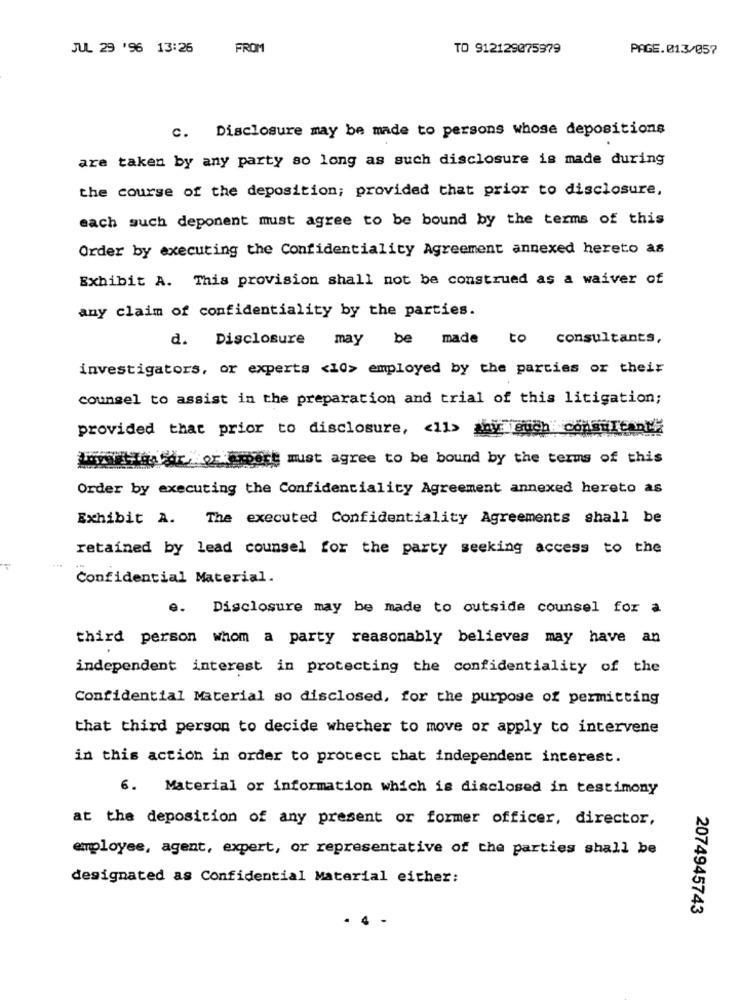
JUL 29 '96 13:26
FROM
TO 912129075979
PAGE.013/057
c. Disclosure may be made to persons whose depositions
are taken by any party so long as such disclosure is made during
the course of the deposition; provided that prior to disclosure,
each such deponent must agree to be bound by the terms of this
Order by executing the Confidentiality Agreement annexed hereto as
Exhibit A. This provision shall not be construed as a waiver of
any claim of confidentiality by the parties.
d. Disclosure may be made to consultants,
investigators, or experts <10> employed by the parties or their
counsel to assist in the preparation and trial of this litigation;
provided that prior to disclosure, < 11> any: auch consultant
Loyerit dabir, or expert must agree to be bound by the terms of this
Order by executing the Confidentiality Agreement annexed hereto as
Exhibit A. The executed Confidentiality Agreements shall be
retained by lead counsel for the party seeking access to the
Confidential Material.
e. Disclosure may be made to outside counsel for a
third person whom a party reasonably believes may have an
independent interest in protecting the confidentiality of the
Confidential Material so disclosed, for the purpose of permitting
that third person to decide whether to move or apply to intervene
in this actich in order to protect chat independent interest.
6. Material or information which is disclosed in testimony
at the deposition of any present or former officer, director,
employee, agent, expert, or representative of the parties shall be
designated as Confidential Material either:
2074945743
. 4 -